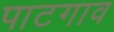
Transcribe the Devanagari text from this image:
पाटगाव